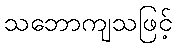
သဘောကျသဖြင့်